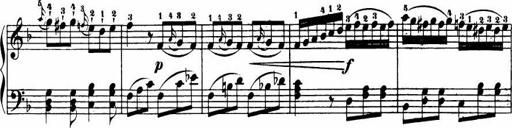
Title: Le bouquetier
Composer: Anton Diabelli
Key: G major
 C major
 F major
 C major